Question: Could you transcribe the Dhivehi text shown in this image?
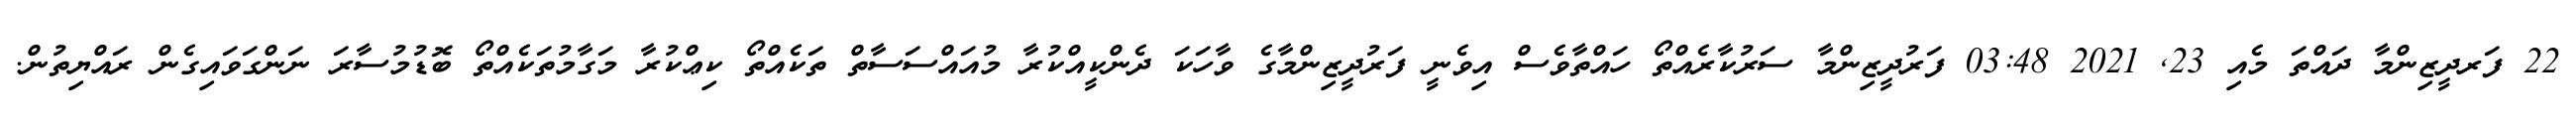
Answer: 22 ފަރދީޒިންމާ ދައްތަ މެއި 23, 2021 03:48 ފަރުދީޒިންމާ ސަރުކާރެއްތޯ ހައްތާވެސް އިވެނީ ފަރުދީޒިންމާގެ ވާހަކަ ދެންކީއްކުރާ މުއައްސަސާތް ތަކެއްތޯ ކިޢްކުރާ މަގާމުތަކެއްތޯ ބޮޑުމުސާރަ ނަންގަވައިގެން ރައްޔިތުން.